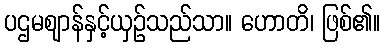
ပဌမဈာန်နှင့်ယှဉ်သည်သာ။ ဟောတိ၊ ဖြစ်၏။